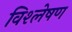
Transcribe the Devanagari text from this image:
विश्ल्‍ोषण